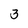
Character: 3